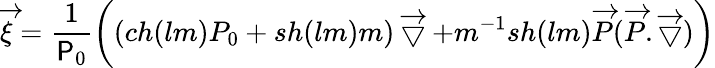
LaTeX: \overrightarrow{\xi}=\frac{1}{\textsf{P}_{0}}\biggl((ch(lm)P_{0}+sh(lm)m)\overrightarrow{\bigtriangledown}+m^{-1}sh(lm)\overrightarrow{P}(\overrightarrow{P}.\overrightarrow{\bigtriangledown})\biggr)